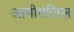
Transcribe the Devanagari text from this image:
आमीमंजिल